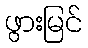
ဖွားမြင်